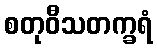
စတုဝီသတက္ခရံ